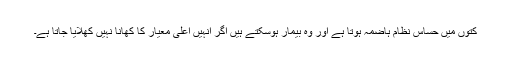
کتوں میں حساس نظام ہاضمہ ہوتا ہے اور وہ بیمار ہوسکتے ہیں اگر انہیں اعلی معیار کا کھانا نہیں کھلایا جاتا ہے۔